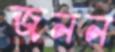
জনন